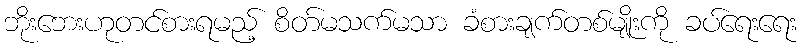
ဘိုးဘေးဟုတင်စားရမည့် စိတ်မသက်မသာ ခံစားချက်တစ်မျိုးကို ခပ်ရေးရေး